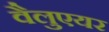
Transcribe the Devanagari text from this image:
वैलुएयर